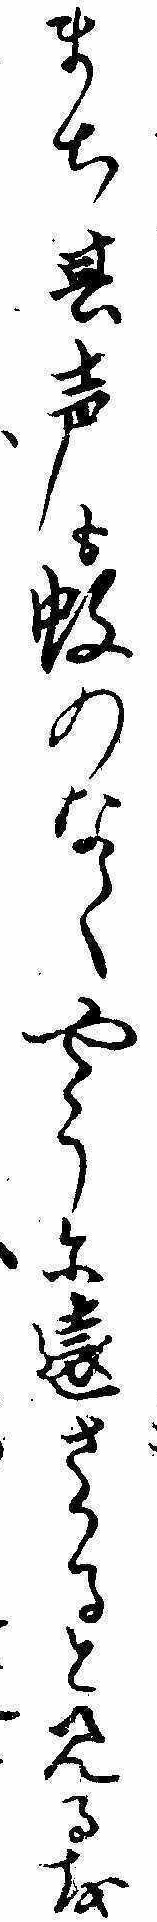
まち其声も蚊のなくやうに遠さかると見るを